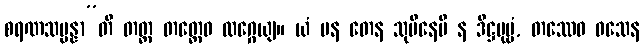
စရဏသမ္ပန္နာ”တိ တတ္ထ တတ္ထေဝ လဂ္ဂေယျ။ ယံ ပန တေန သုပိနေပိ န ဒိဋ္ဌပုဗ္ဗံ, တဿေဝ ဝသေန